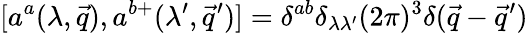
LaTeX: [a^{a}(\lambda,\vec{q}),a^{b+}(\lambda^{\prime},\vec{q}^{\prime})]=\delta^{ab}\delta_{\lambda\lambda^{\prime}}(2\pi)^{3}\delta(\vec{q}-\vec{q}^{\prime})